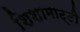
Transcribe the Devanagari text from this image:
शिशामाट्टी